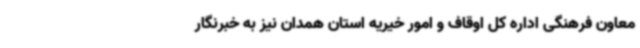
معاون فرهنگی اداره کل اوقاف و امور خیریه استان همدان نیز به خبرنگار